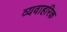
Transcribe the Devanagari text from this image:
व्यवाहरिक